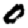
Digit: 0